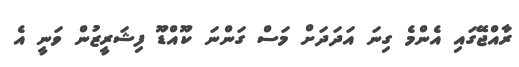
ރާއްޖޭގައި އެންމެ ގިނަ އަދަދަށް މަސް ގަންނަ ކޫއްޑޫ ފިޝަރީޒުން ވަނީ އެ